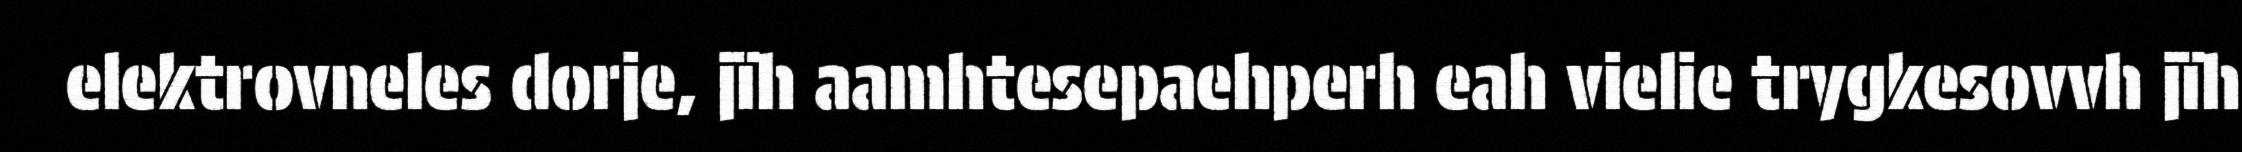
elektrovneles dorje, jïh aamhtesepaehperh eah vielie trygkesovvh jïh